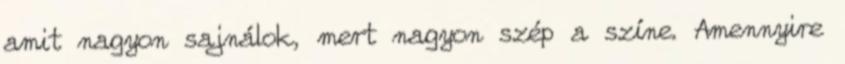
amit nagyon sajnálok, mert nagyon szép a színe. Amennyire